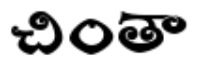
చింతా